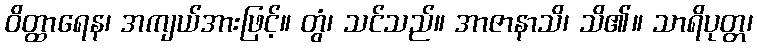
ဝိတ္ထာရေန၊ အကျယ်အားဖြင့်။ တွံ၊ သင်သည်။ အာဇာနာသိ၊ သိ၏။ သာရိပုတ္တ၊